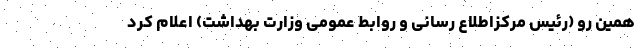
همین رو (رئیس مرکزاطلاع رسانی و روابط عمومی وزارت بهداشت) اعلام کرد